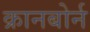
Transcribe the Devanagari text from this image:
क्रानबोर्न